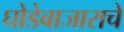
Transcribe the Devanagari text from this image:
घोडेबाजाराचे